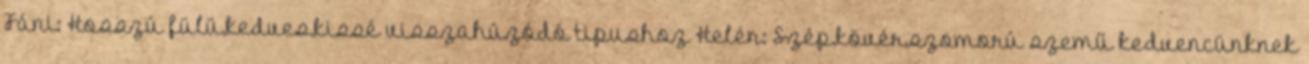
Fáni: Hosszú fülü,kedves,kissé visszahúzódó tipushoz Helén: Szép,kövér,szomorú szemű kedvencünknek